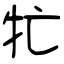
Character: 牤